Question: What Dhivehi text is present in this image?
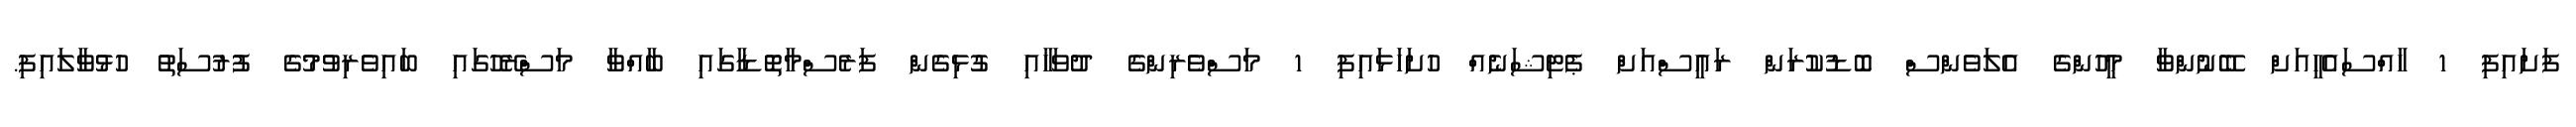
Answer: ފަށައިފި 1 ހާއްސައެހީއަށް ބޭނުންވާ މީހުންގެ އެލަވެންސް ބޮޑުކުރަން ރައީސްއަށް ޕެޓިޝަނެއް ހުށަހަޅައިފި 1 މަސްވެރިންގެ ދުވަހާއި ގުޅިގެން ފަރެސްމާތޮޑާގައި ބާއްވާ މަސްރޭހުގައި ބައިވެރިވުމުގެ ފުރުސަތު ހުޅުވާލައިފި.